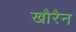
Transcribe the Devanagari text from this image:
खौरैन